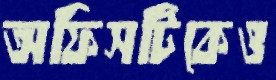
অফিসটিকেও